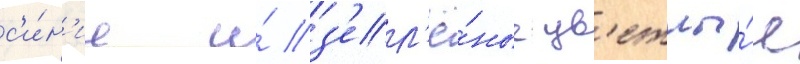
с'и́н'ие и́ з'ел'ё́ные цв'етны́е